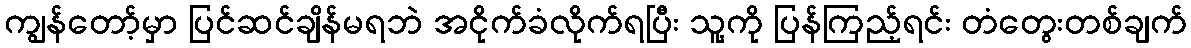
ကျွန်တော့်မှာ ပြင်ဆင်ချိန်မရဘဲ အငိုက်ခံလိုက်ရပြီး သူ့ကို ပြန်ကြည့်ရင်း တံတွေးတစ်ချက်